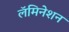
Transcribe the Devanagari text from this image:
लॅमिनेशन